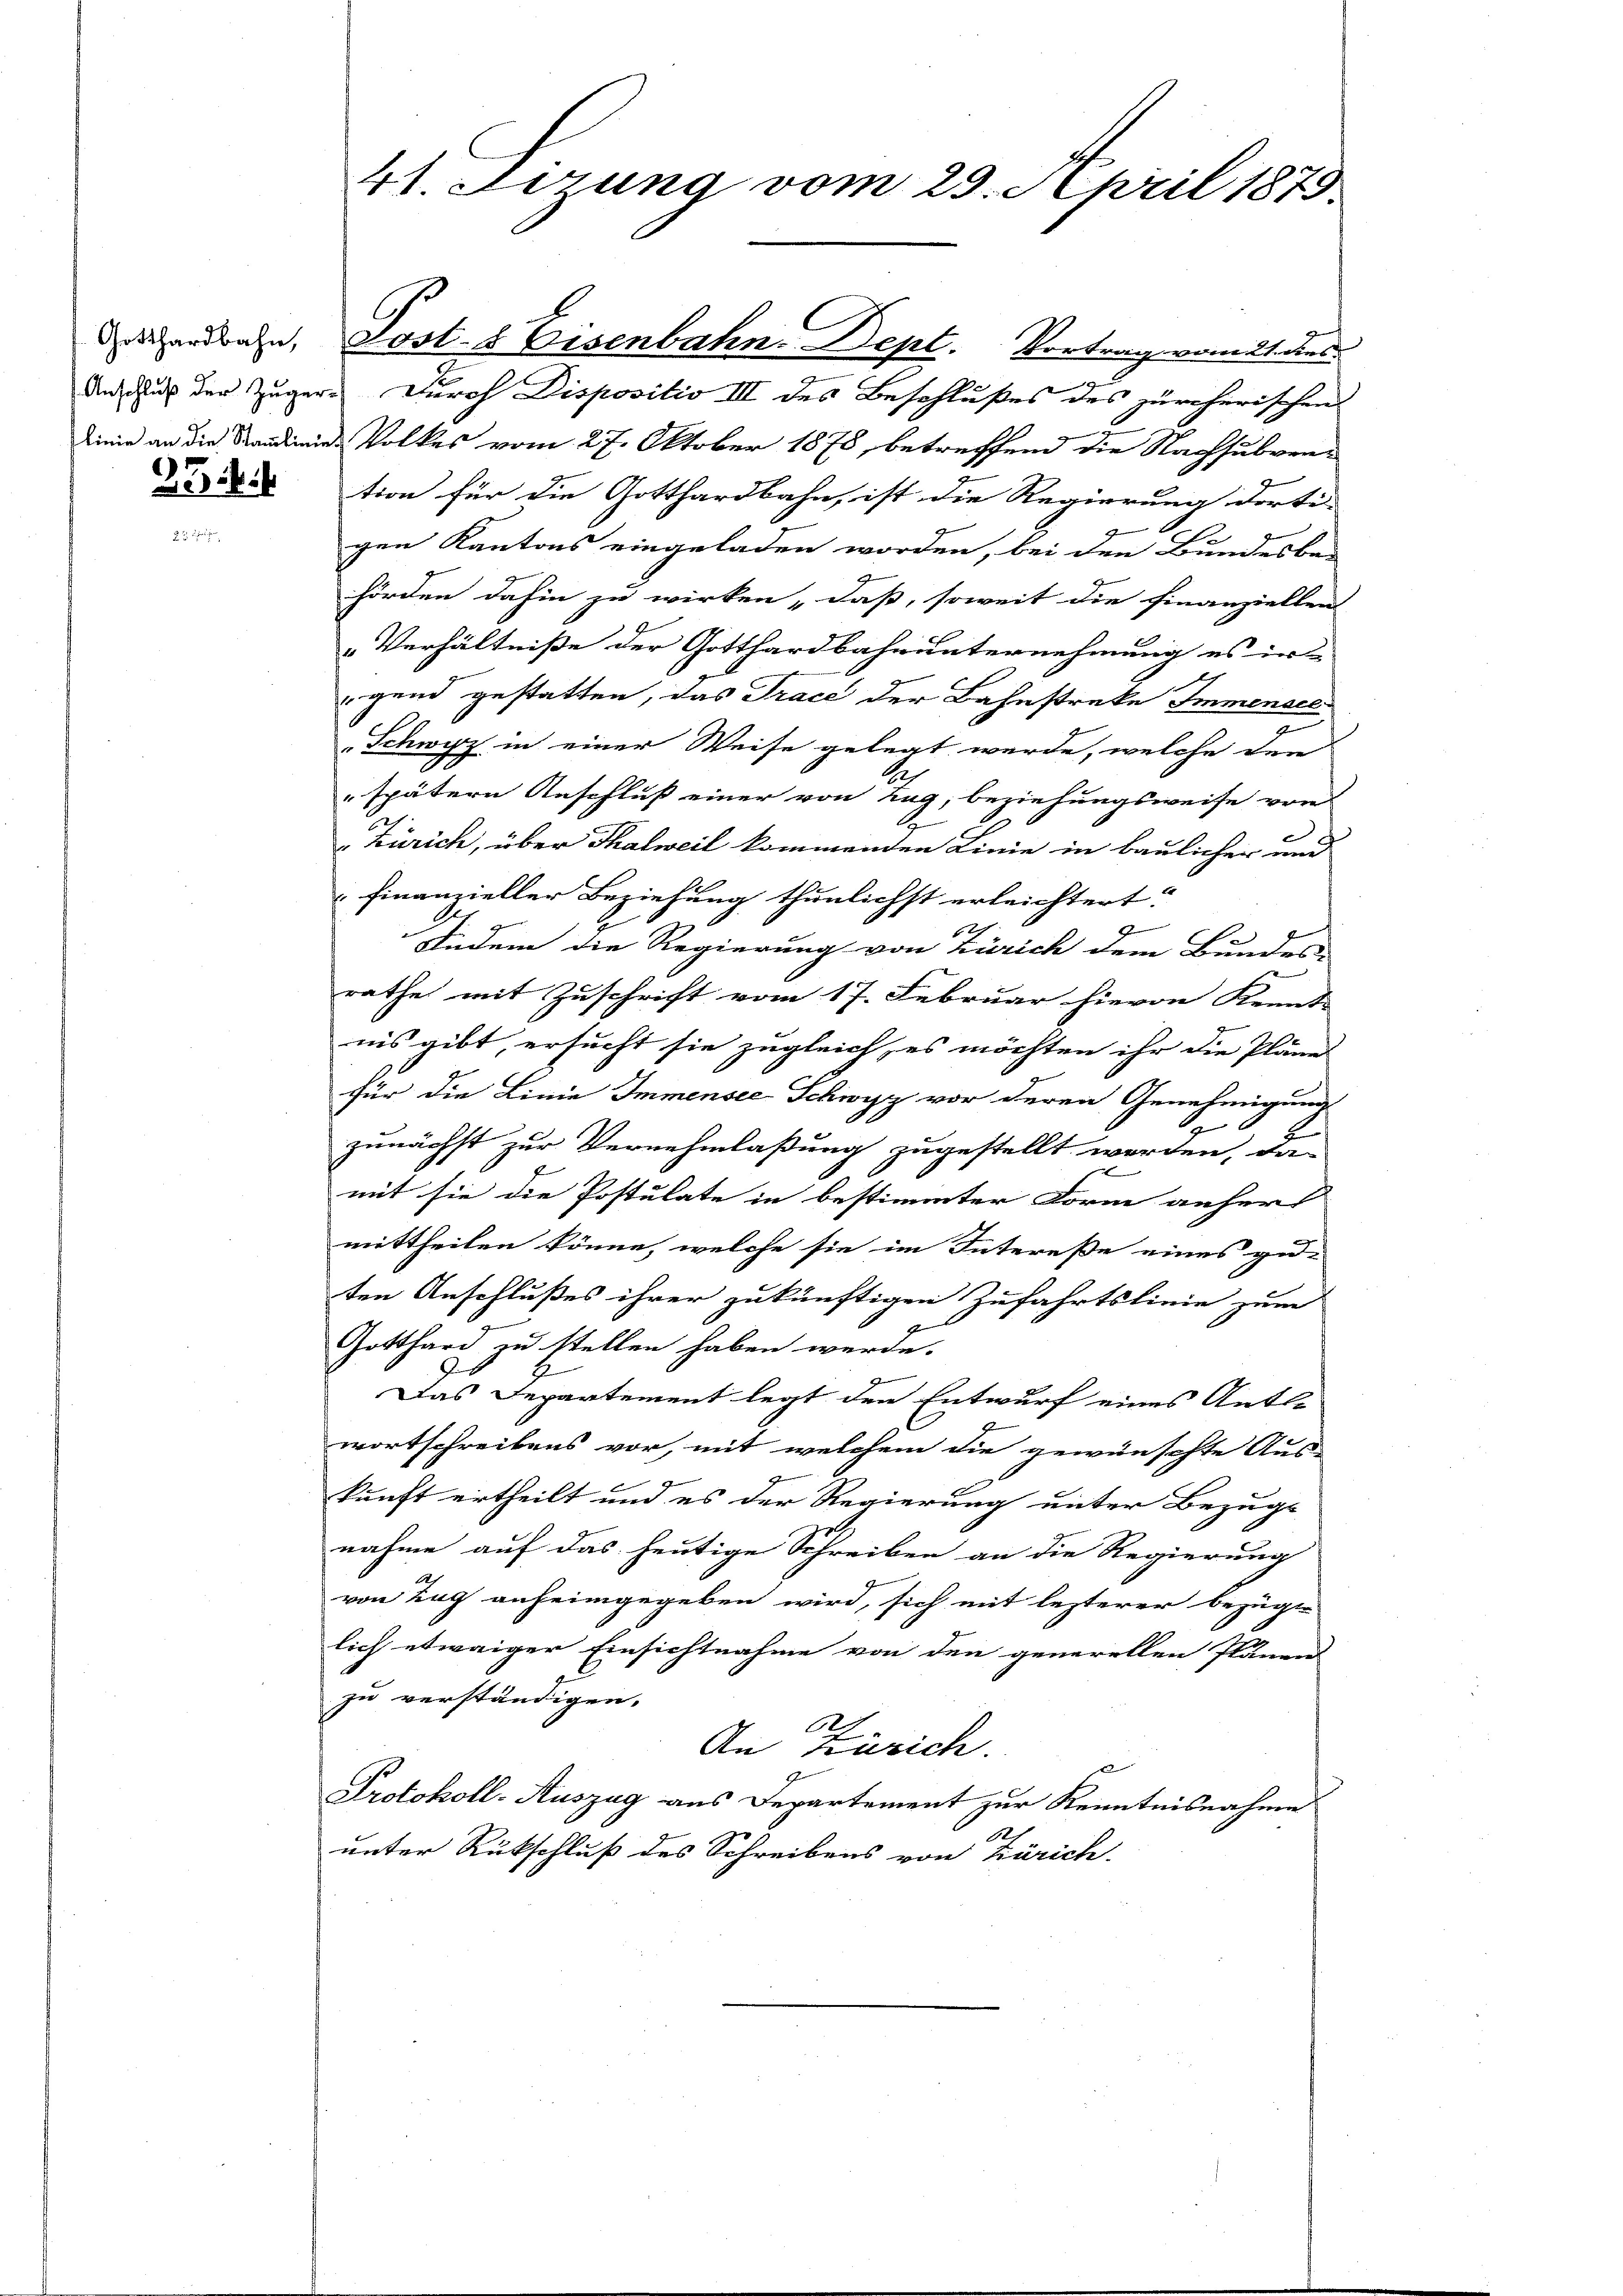
23. Mit

dn aus der Zuger Durch Dispositio III des Beschlußes des zürcherischens
Linie an die Standinnes Volkes vom 27. Oktober 1878, betreffend die Nachsubvention für die Gotthardbahn, ist die Regierung dorti-
gen Kantons eingeladen worden, bei den Bundesbe-
hörden dahin zu wirken „daß, soweit die Finanziellen
Verhältnisse der Gotthardbahnunternehmung es in
gend gestatten, das Trace der Bahnstreke Immenaec
2
"Schwyz in einer Weise gelegt werde, welche den
A
"spätern Anschluß einer von Zug, beziehungsweise von
Zürich, über Thalweil kommenden Linie in baulicher und
finanzieller Beziehung thunlichst erleichtert.
f x
Fndem die Regierung von Zürich dem Bundes-
rathe mit Zuschrift vom 17. Februar hievon Kennt-
2
iis gibt, ersucht sie zugleich, es möchten ihr die Pläne
für die Linie Immensee Schwyz vor deren Genehmigung
9
zunächst zur Vernehmlaßung zugestellt worden, da
mit sie die Postulate in bestimmter Form anhers
mittheilen könne, welche sie im Intereße eines gu
ten Anschlußes ihrer zukünftigen Zufahrtslinie zum
Gotthard zu stellen haben werde.
e
Das Departement legt den Entwurf eines Antl
wortschreibens vor, mit welchem die gewünschte Aus-
kunft ertheilt und es der Regierung unter Bezugs-
nahme auf das heutige Schreiben an die Regierung
von Zug anheimgegeben wird, sich mit lezterer bezüge
lich etwaiger Einsichtnahme von den generellen Plänen
zu verständigen.
An Zürich.
Protokoll-Auszug aus Departement zur Kenntnisnahme
12
unter Rückschluß des Schreibens von Zürich

4t. herung vom 29. April 1879.

ardbahn, Jost- & Eisenbahn-Dept. Vortrag vom 21 des